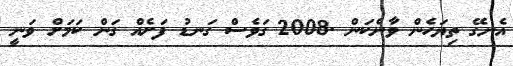
އެނގޭ ތިޔަހެން ވާނެކަން .2008 ގަވެސް ގަނޑު ފަށެއް ގަން ކަމަށް ވަނީ